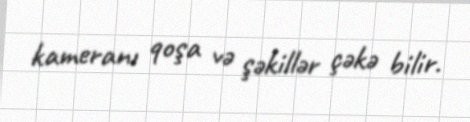
kameranı qoşa və şəkillər çəkə bilir.